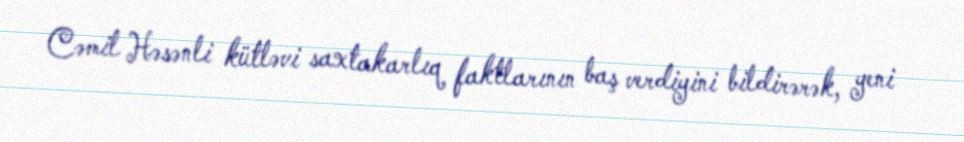
Cəmil Həsənli kütləvi saxtakarlıq faktlarının baş verdiyini bildirərək, yeni